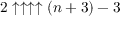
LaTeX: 2 \uparrow \uparrow \uparrow \uparrow ( n + 3 ) - 3